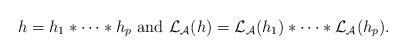
LaTeX: \begin{align*}h=h_1*\dots *h_p \hbox{ and }\mathcal{L}_\mathcal{A}(h)=\mathcal{L}_\mathcal{A}(h_1)*\dots *\mathcal{L}_\mathcal{A}(h_p).\end{align*}